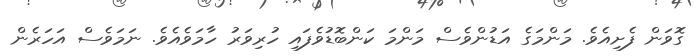
ގޮވަން ފެށިއެވެ. މަންމަގެ އަޑުންވެސް މަންމަ ކަންބޮޑުވެފައި ހުރިވަރު ހާމަވެއެވެ. ނަމަވެސް އަހަރެން